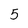
Character: 5